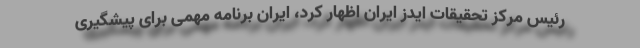
رئیس مرکز تحقیقات ایدز ایران اظهار کرد، ایران برنامه مهمی برای پیشگیری